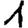
Digit: 1